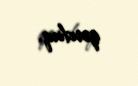
qovduq.